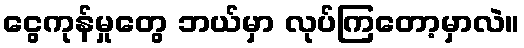
ငွေကုန်မှုတွေ ဘယ်မှာ လုပ်ကြတော့မှာလဲ။